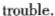
trouble.